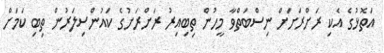
އަތޮޅުގެ އެކި ރަށްރަށަށް ނިސްބަތްވާ މީހުން ތިބިއިރު ރަށްރަށުގެ ކައުންސިލަރުން ތިބި ކަމަށް